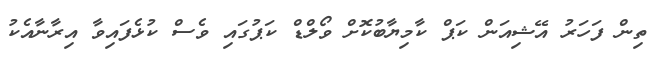
ތިން ފަހަރު އޭޝިއަން ކަޕް ކާމިޔާބުކޮށް ވޯލްޑް ކަޕުގައި ވެސް ކުޅެފައިވާ އިރާނާއެކު